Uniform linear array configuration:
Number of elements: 4
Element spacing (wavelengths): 0.5
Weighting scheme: cosine
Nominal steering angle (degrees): -45
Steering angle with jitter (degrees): -45.502
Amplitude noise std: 0.05
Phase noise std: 0.05

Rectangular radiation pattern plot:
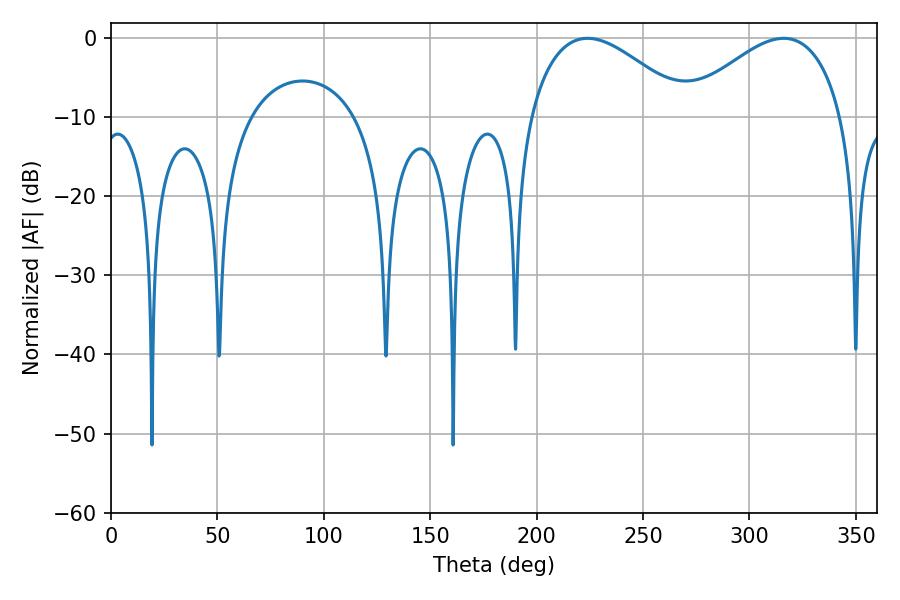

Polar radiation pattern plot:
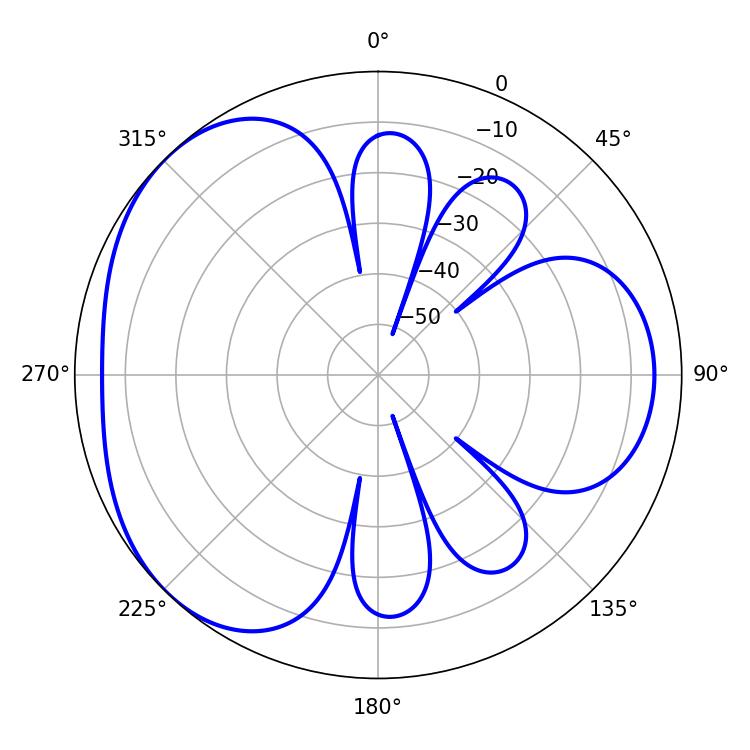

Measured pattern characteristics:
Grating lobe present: FALSE
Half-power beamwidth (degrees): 40.86
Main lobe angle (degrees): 223.92